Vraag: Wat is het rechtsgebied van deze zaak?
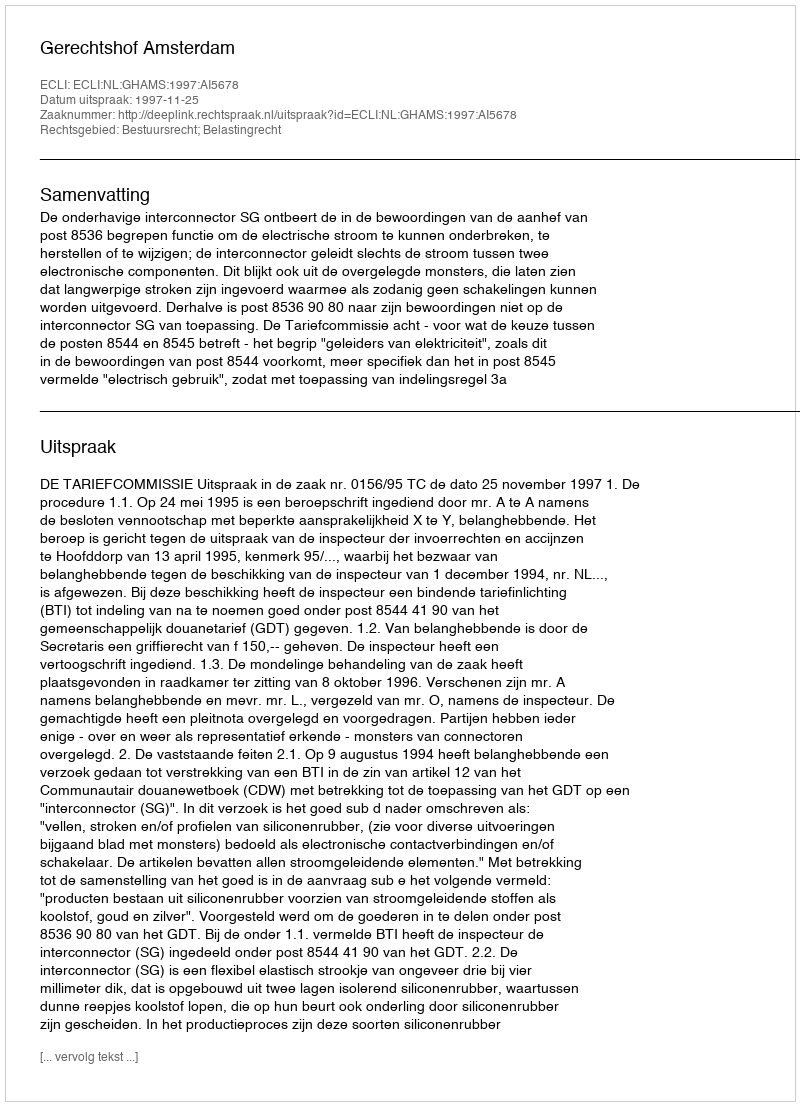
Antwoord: Bestuursrecht; Belastingrecht